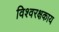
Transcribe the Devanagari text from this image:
विश्वरक्षकाय